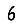
Digit: 6